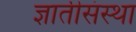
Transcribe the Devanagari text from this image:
ज्ञातीसंस्था